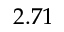
2 . 7 1